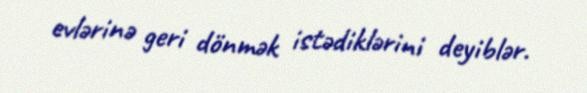
evlərinə geri dönmək istədiklərini deyiblər.